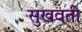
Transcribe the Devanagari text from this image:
सुखवती